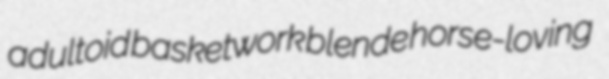
adultoid basketwork blende horse-loving